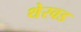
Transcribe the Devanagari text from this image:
थेरवड